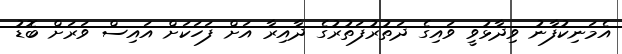
އެމަނިކުފާނު ވިދާޅުވީ ވައިގެ ދަތުރުފަތުރުގެ ދާއިރާ އަށް ފަހަކަށް އައިސް ވަރަށް ބޮޑު